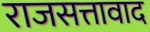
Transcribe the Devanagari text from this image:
राजसत्तावाद